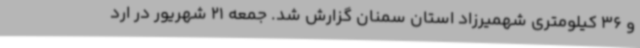
و 36 کیلومتری شهمیرزاد استان سمنان گزارش شد. جمعه 21 شهریور در ارد